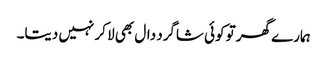
ہمارے گھر تو کوئی شاگرد دال بھی لا کر نہیں دیتا۔